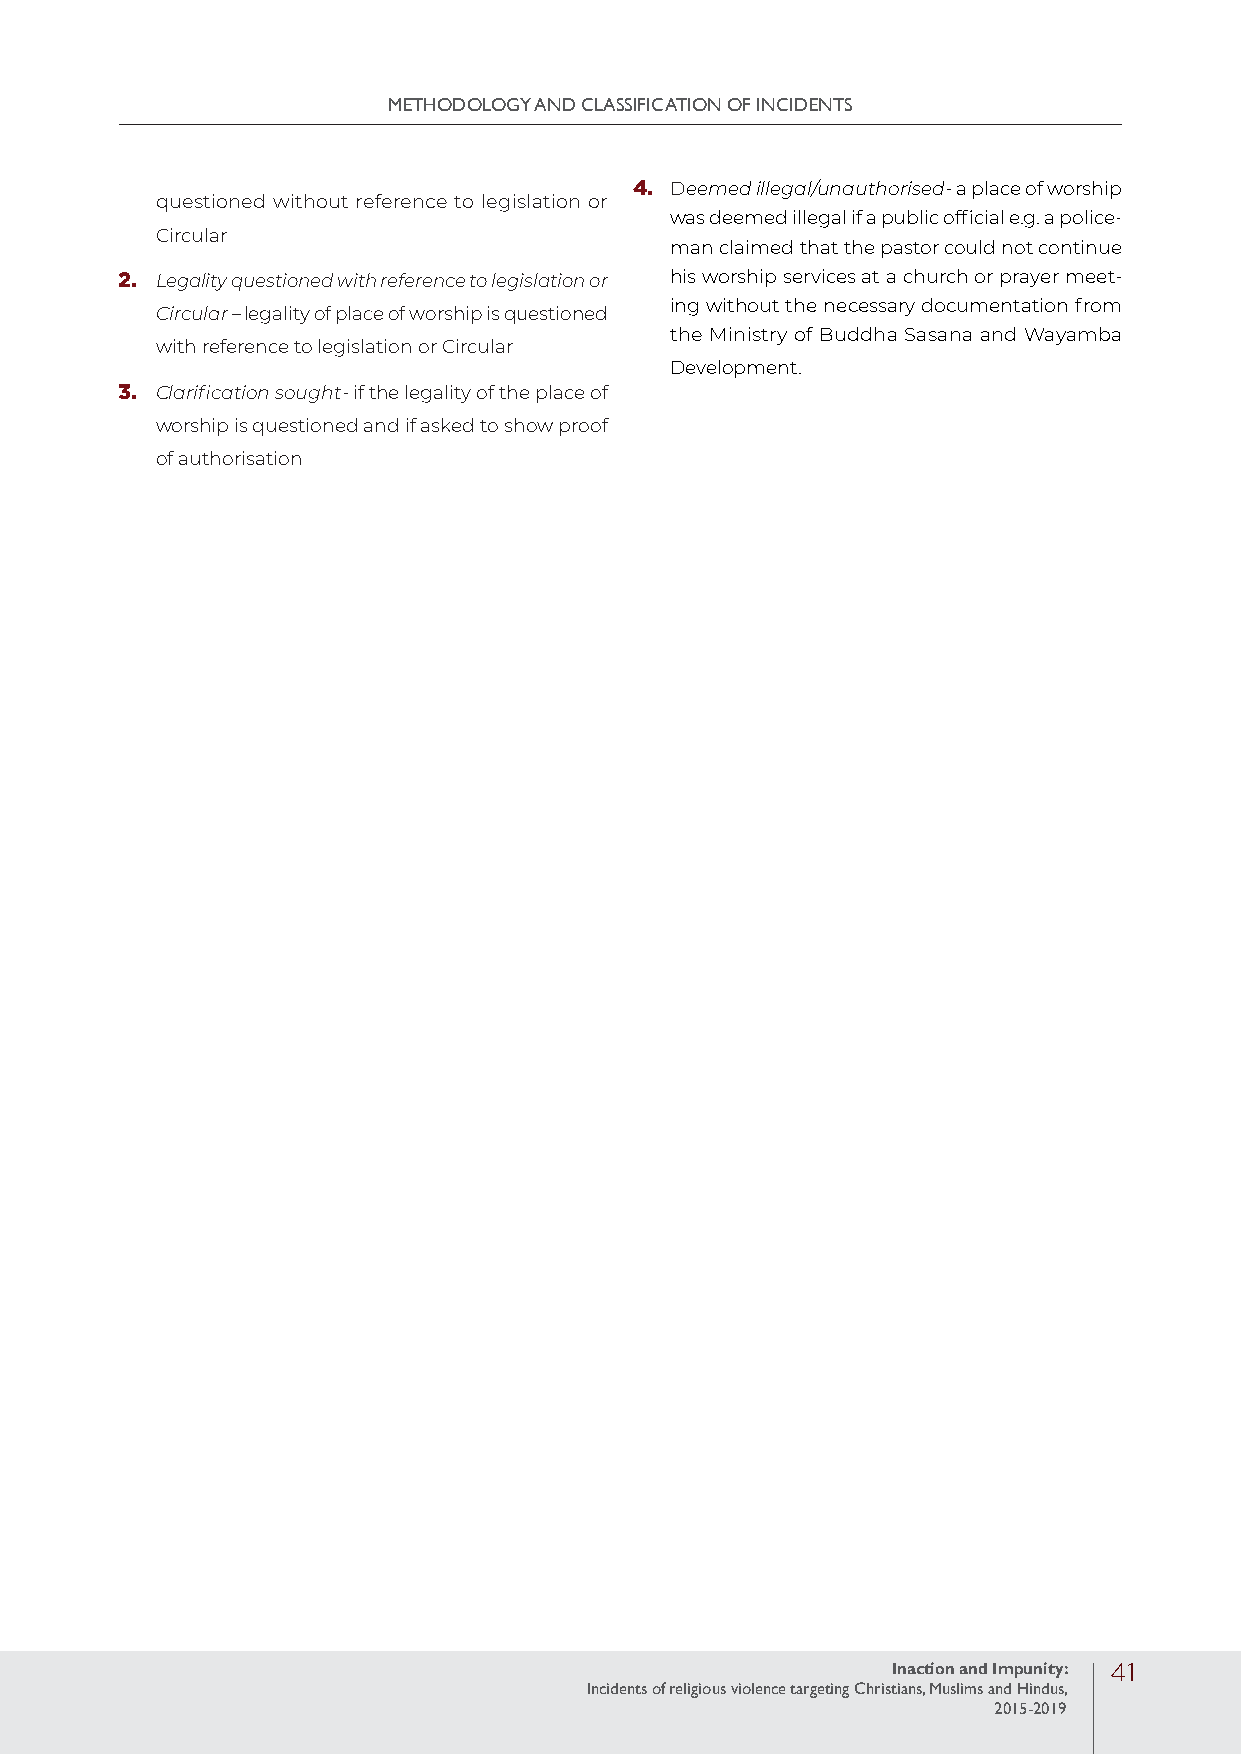
METHODOLOGY AND CLASSIFICATION OF INCIDENTS
 4. Deemed illegal/unauthorised- a place of worship
 questioned without reference to legislation or
 was deemed illegal if a public official e.g. a police-
 Circular
 man claimed that the pastor could not continue
 2. Legality questioned with reference to legislation or his worship services at a church or prayer meet-
 ing without the necessary documentation from
 Circular – legality of place of worship is questioned
 the Ministry of Buddha Sasana and Wayamba
 with reference to legislation or Circular
 Development.
 3. Clarification sought- if the legality of the place of
 worship is questioned and if asked to show proof
 of authorisation
 Inaction and Impunity: 41
 Incidents of religious violence targeting Christians, Muslims and Hindus,
 2015-2019